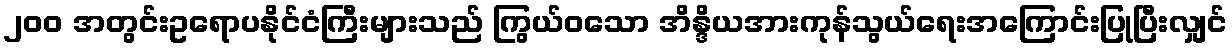
၂၀၀ အတွင်းဥရောပနိုင်ငံကြီးများသည် ကြွယ်ဝသော အိန္ဒိယအားကုန်သွယ်ရေးအကြောင်းပြုပြီးလျှင်